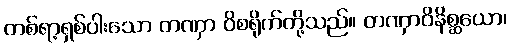
တစ်ရာ့ရှစ်ပါးသော တဏှာ ဝိစရိုက်တို့သည်။ တဏှာဝိနိစ္ဆယော၊